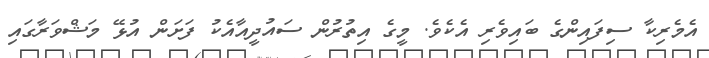
އެމެރިކާ ސިފައިންގެ ބައިވެރި އެކެވެ. މީގެ އިތުރުން ސައުދީއާއެކު ފަށަން އުޅޭ މަޝްވަރާގައި